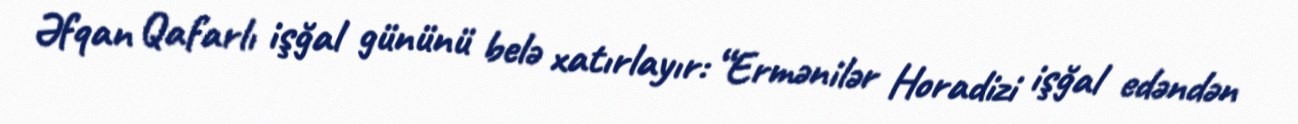
Əfqan Qafarlı işğal gününü belə xatırlayır: “Ermənilər Horadizi işğal edəndən